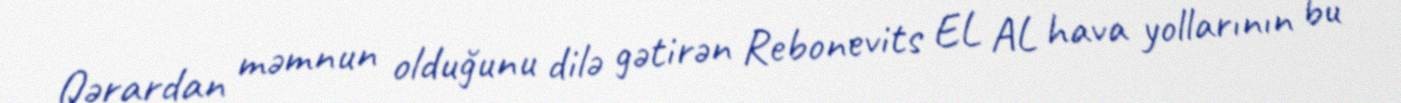
Qərardan məmnun olduğunu dilə gətirən Rebonevits EL AL hava yollarının bu